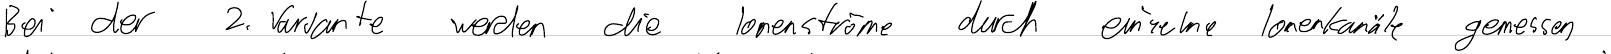
Bei der 2. Variante werden die Ionenströme durch einzelne Ionenkanäle gemessen